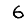
Digit: 6